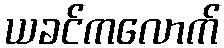
ယခင်ကလောက်